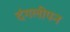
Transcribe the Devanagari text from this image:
दंगलीपन